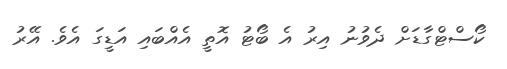
ކޯސްޓްގާޑަށް ދެވުނު އިރު އެ ބޯޓު އޮތީ އެއްބައި އަޑީގަ އެވެ. އޭރު